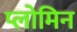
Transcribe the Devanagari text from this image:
प्लोमिन